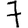
Digit: 7